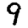
Digit: 9